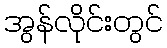
အွန်လိုင်းတွင်